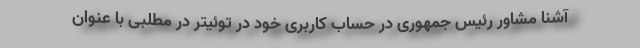
آشنا مشاور رئیس جمهوری در حساب کاربری خود در توئیتر در مطلبی با عنوان